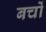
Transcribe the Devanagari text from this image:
बचों